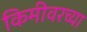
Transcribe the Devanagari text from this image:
किमीवरच्या